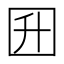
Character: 𡆼